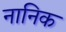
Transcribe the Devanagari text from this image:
नानिक